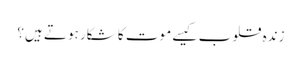
زندہ قلوب کیسے موت کا شکار ہوتے ہیں؟